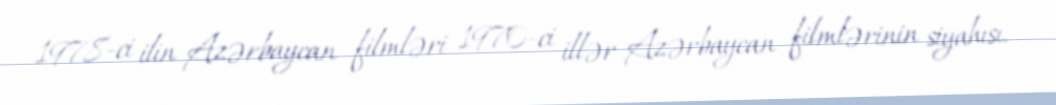
1978-ci ilin Azərbaycan filmləri 1970-ci illər Azərbaycan filmlərinin siyahısı.